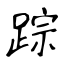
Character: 踪